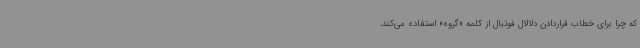
که چرا برای خطاب قراردادن دلالال فوتبال از کلمه «گروه» استفاده می‌کند،